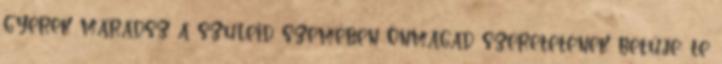
gyerek maradsz a szüleid szemében Önmagad szeretetének betűje: te